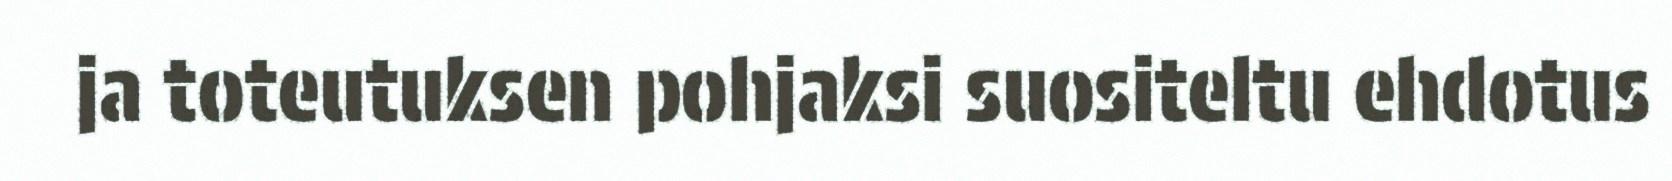
ja toteutuksen pohjaksi suositeltu ehdotus